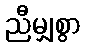
ညီမျှစွာ